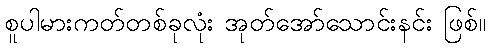
စူပါမားကတ်တစ်ခုလုံး အုတ်အော်သောင်းနင်း ဖြစ်။